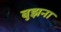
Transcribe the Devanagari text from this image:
बुझना